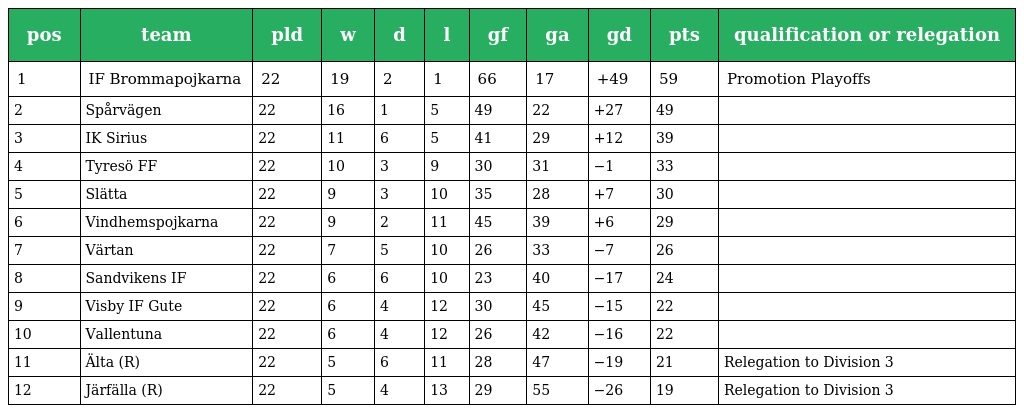
| pos | team | pld | w | d | l | gf | ga | gd | pts | qualification or relegation |
 | --- | --- | --- | --- | --- | --- | --- | --- | --- | --- | --- |
 | 1 | IF Brommapojkarna | 22 | 19 | 2 | 1 | 66 | 17 | +49 | 59 | Promotion Playoffs |
 | 2 | Spårvägen | 22 | 16 | 1 | 5 | 49 | 22 | +27 | 49 |  |
 | 3 | IK Sirius | 22 | 11 | 6 | 5 | 41 | 29 | +12 | 39 |  |
 | 4 | Tyresö FF | 22 | 10 | 3 | 9 | 30 | 31 | −1 | 33 |  |
 | 5 | Slätta | 22 | 9 | 3 | 10 | 35 | 28 | +7 | 30 |  |
 | 6 | Vindhemspojkarna | 22 | 9 | 2 | 11 | 45 | 39 | +6 | 29 |  |
 | 7 | Värtan | 22 | 7 | 5 | 10 | 26 | 33 | −7 | 26 |  |
 | 8 | Sandvikens IF | 22 | 6 | 6 | 10 | 23 | 40 | −17 | 24 |  |
 | 9 | Visby IF Gute | 22 | 6 | 4 | 12 | 30 | 45 | −15 | 22 |  |
 | 10 | Vallentuna | 22 | 6 | 4 | 12 | 26 | 42 | −16 | 22 |  |
 | 11 | Älta (R) | 22 | 5 | 6 | 11 | 28 | 47 | −19 | 21 | Relegation to Division 3 |
 | 12 | Järfälla (R) | 22 | 5 | 4 | 13 | 29 | 55 | −26 | 19 | Relegation to Division 3 |